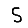
Digit: 5